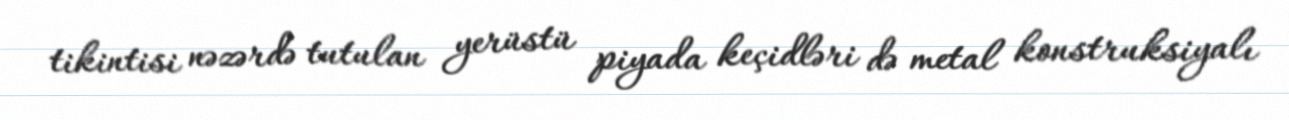
tikintisi nəzərdə tutulan yerüstü piyada keçidləri də metal konstruksiyalı